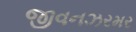
જીવનઝરમર